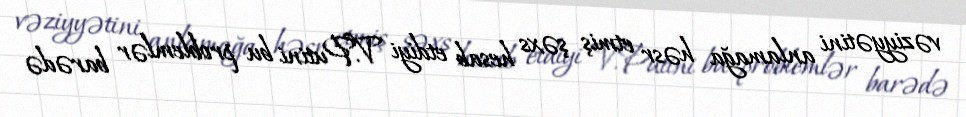
vəziyyətini anlamağa həsr etmiş şəxs hesab etdiyi V.Putini bu problemlər barədə